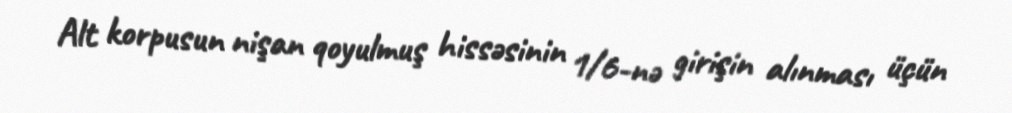
Alt korpusun nişan qoyulmuş hissəsinin 1/6-nə girişin alınması üçün